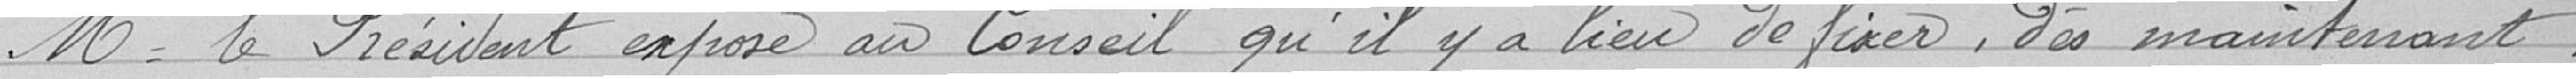
Eclairage électrique.